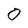
Character: 0